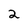
Character: 2